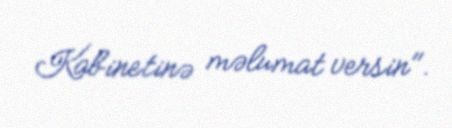
Kabinetinə məlumat versin".